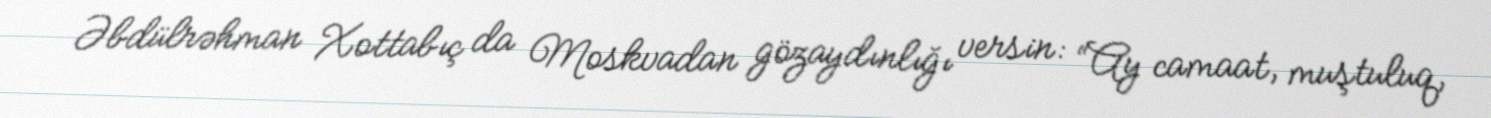
Əbdülrəhman Xottabıç da Moskvadan gözaydınlığı versin: “Ay camaat, muştuluq,